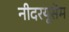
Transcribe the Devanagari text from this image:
नीदरयूसेम